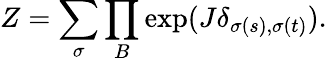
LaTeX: Z=\sum_{\sigma}\prod_{B}\exp(J\delta_{\sigma(s),\sigma(t)}).